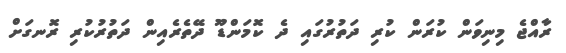
ރާއްޖެ މިނިވަން ކުރަން ކުރި ދަތުރުގައި ދެ ކޮމަންޑޫ ދޭތެރެއިން ދަތުރުކުރި ރޮނގަށް